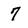
Character: 7